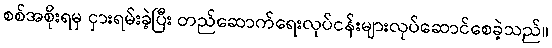
စစ်အစိုးရမှ ငှားရမ်းခဲ့ပြီး တည်ဆောက်ရေးလုပ်ငန်းများလုပ်ဆောင်စေခဲ့သည်။